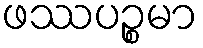
ဖဿပဉ္စမာ